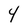
Character: 4